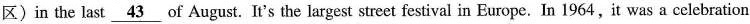
区 ) in the last \underline{43} of August. It's the largest street festival in Europe. In 1964, it was a celebration